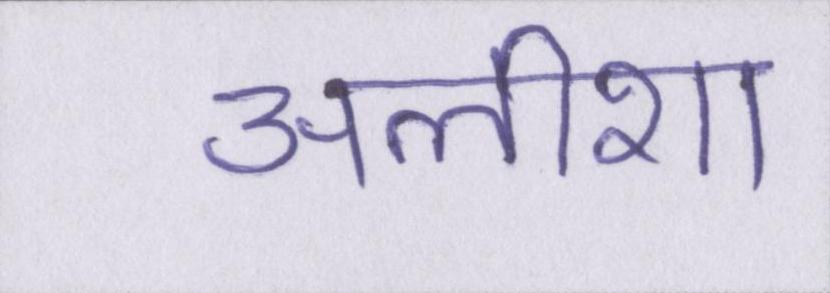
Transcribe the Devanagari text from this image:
अलीशा